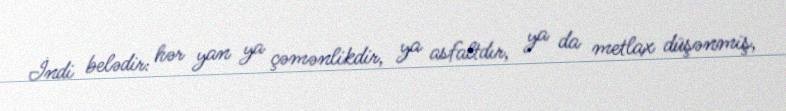
İndi belədir: hər yan ya çəmənlikdir, ya asfaltdır, ya da metlax düşənmiş,